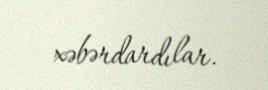
xəbərdardılar.